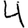
Digit: 4